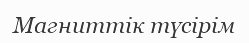
Магниттік түсірім